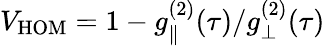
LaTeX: \begin{array}{r}{V_{\mathrm{HOM}}=1-g_{\parallel}^{(2)}(\tau)/g_{\perp}^{(2)}(\tau)}\end{array}